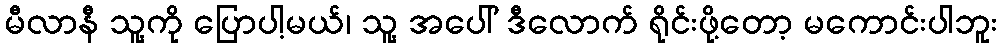
မီလာနီ သူ့ကို ပြောပါ့မယ်၊ သူ့ အပေါ် ဒီလောက် ရိုင်းဖို့တော့ မကောင်းပါဘူး